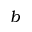
b